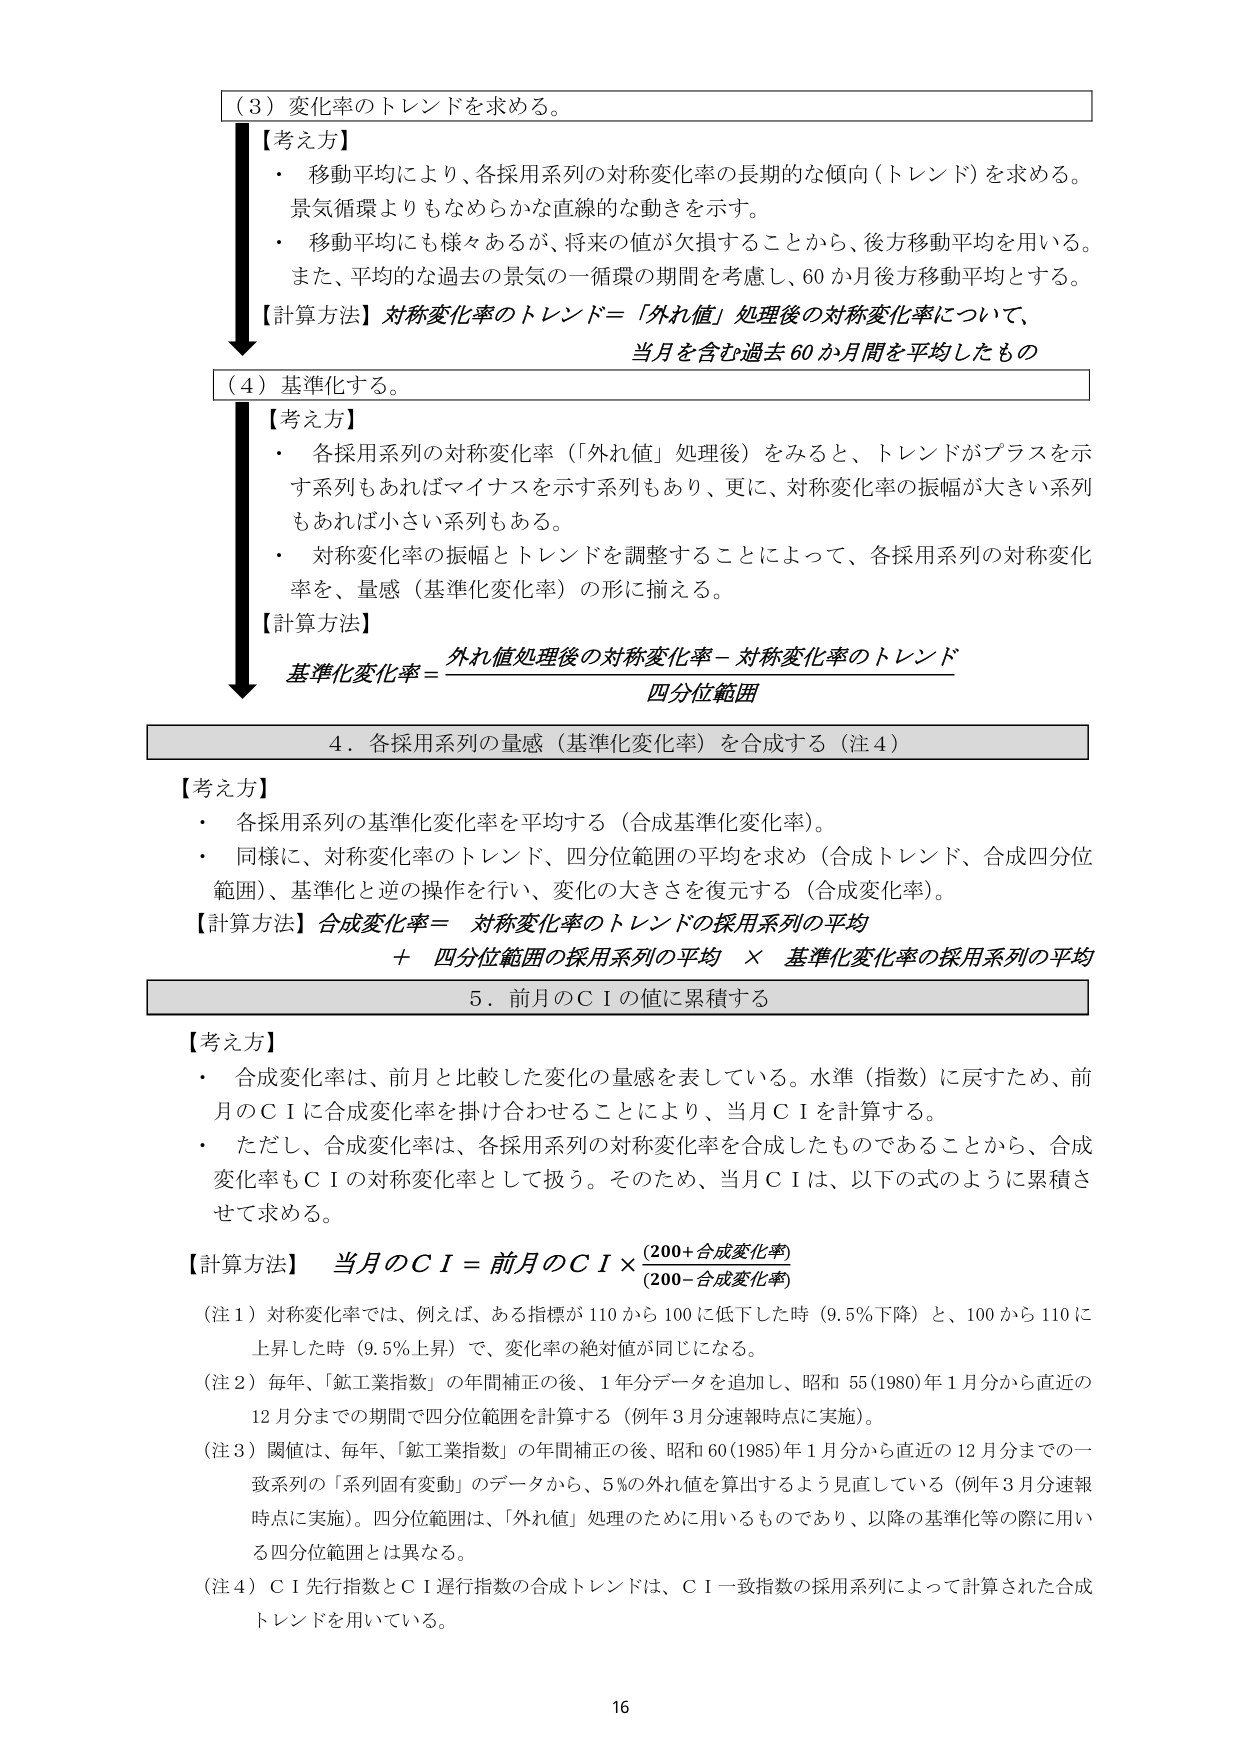
（３）変化率のトレンドを求める。

【考え方】
・移動平均により、各採用系列の対称変化率の長期的な傾向（トレンド）を求める。景気循環よりもなめらかな直線的な動きを示す。
・移動平均にも様々あるが、将来の値が欠損することから、後方移動平均を用いる。また、平均的な過去の景気の一循環の期間を考慮し、60か月後方移動平均とする。

【計算方法】対称変化率のトレンド＝「外れ値」処理後の対称変化率について、
当月を含む過去60か月間を平均したもの

（４）基準化する。

【考え方】
・各採用系列の対称変化率（「外れ値」処理後）をみると、トレンドがプラスを示す系列もあればマイナスを示す系列もあり、更に、対称変化率の振幅が大きい系列もあれば小さい系列もある。
・対称変化率の振幅とトレンドを調整することによって、各採用系列の対称変化率を、量感（基準化変化率）の形に揃える。

【計算方法】
基準化変化率＝（外れ値処理後の対称変化率－対称変化率のトレンド）／四分位範囲

４．各採用系列の量感（基準化変化率）を合成する（注４）

【考え方】
・各採用系列の基準化変化率を平均する（合成基準化変化率）。
・同様に、対称変化率のトレンド、四分位範囲の平均を求め（合成トレンド、合成四分位範囲）、基準化と逆の操作を行い、変化の大きさを復元する（合成変化率）。

【計算方法】合成変化率＝対称変化率のトレンドの採用系列の平均
＋四分位範囲の採用系列の平均 × 基準化変化率の採用系列の平均

５．前月のＣＩの値に累積する

【考え方】
・合成変化率は、前月と比較した変化の量感を表している。水準（指数）に戻すため、前月のＣＩに合成変化率を掛け合わせることにより、当月ＣＩを計算する。
・ただし、合成変化率は、各採用系列の対称変化率を合成したものであることから、合成変化率もＣＩの対称変化率として扱う。そのため、当月ＣＩは、以下の式のように累積させて求める。

【計算方法】当月のＣＩ＝前月のＣＩ × （200＋合成変化率）／（200－合成変化率）

（注１）対称変化率では、例えば、ある指標が110から100に低下した時（9.5％下降）と、100から110に上昇した時（9.5％上昇）で、変化率の絶対値が同じになる。

（注２）毎年、「鉱工業指数」の年間補正の後、１年分データを追加し、昭和55（1980）年１月分から直近の12月分までの期間で四分位範囲を計算する（例年３月分速報時点に実施）。

（注３）閾値は、毎年、「鉱工業指数」の年間補正の後、昭和60（1985）年１月分から直近の12月分までの一一致系列の「系列固有変動」のデータから、5％の外れ値を算出するよう見直している（例年３月分速報時点に実施）。四分位範囲は、「外れ値」処理のために用いるものであり、以降の基準化等の際に用いる四分位範囲とは異なる。

（注４）ＣＩ先行指数とＣＩ遅行指数の合成トレンドは、ＣＩ一致指数の採用系列によって計算された合成トレンドを用いている。

16